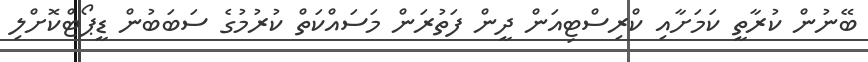
ބޭނުން ކުރާތީ ކަމަށާއި ކްރިސްޓިއަން ދީން ފަތުރަން މަސައްކަތް ކުރުމުގެ ސަބަބުން ޑީޕޯޓްކޮށްލި